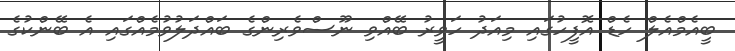
ބީއެމްއެލް ހެޑް އޮފީހުގައި މިއަދު ހަވީރު ބޭއްވި ނޫސްވެރިންގެ ބައްދަލުވުމެއްގައި އެ ބޭންކުގެ